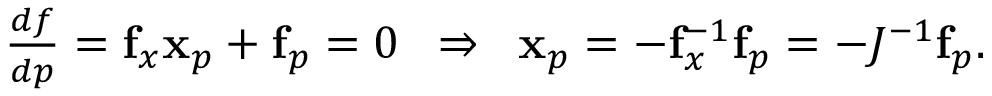
\begin{array} { r } { \frac { d f } { d p } = \mathbf { f } _ { x } \mathbf { x } _ { p } + \mathbf { f } _ { p } = 0 \; \; \Rightarrow \; \; \mathbf { x } _ { p } = - \mathbf { f } _ { x } ^ { - 1 } \mathbf { f } _ { p } = - J ^ { - 1 } \mathbf { f } _ { p } . } \end{array}